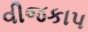
વીજકાપ